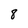
Character: 8